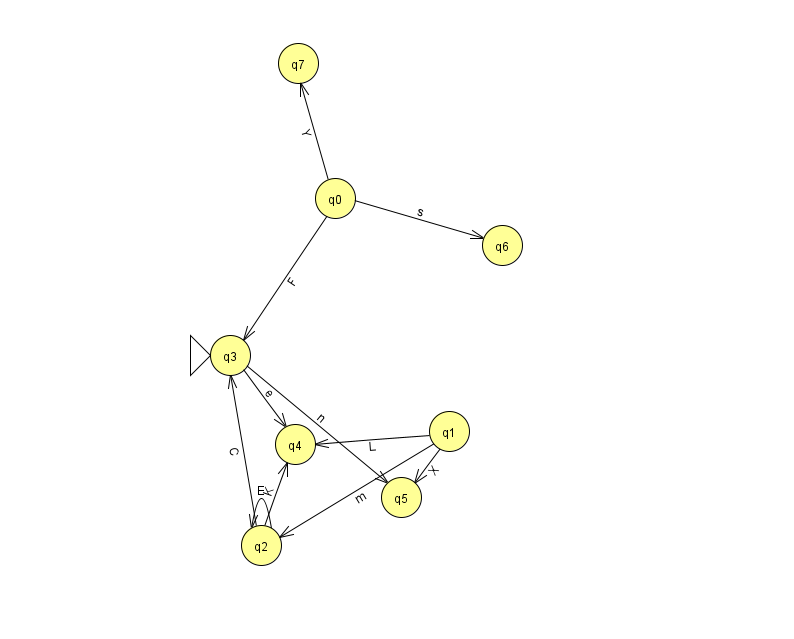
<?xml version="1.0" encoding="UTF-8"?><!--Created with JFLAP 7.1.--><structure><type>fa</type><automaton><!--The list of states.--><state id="0" name="q0"><x>335.0</x><y>185.0</y></state><state id="1" name="q1"><x>449.0</x><y>418.0</y></state><state id="2" name="q2"><x>261.0</x><y>532.0</y></state><state id="3" name="q3"><x>230.0</x><y>342.0</y><initial/></state><state id="4" name="q4"><x>295.0</x><y>431.0</y></state><state id="5" name="q5"><x>401.0</x><y>484.0</y></state><state id="6" name="q6"><x>502.0</x><y>232.0</y></state><state id="7" name="q7"><x>298.0</x><y>50.0</y></state><!--The list of transitions.--><transition><from>1</from><to>2</to><read>m</read></transition><transition><from>2</from><to>4</to><read>K</read></transition><transition><from>2</from><to>3</to><read>C</read></transition><transition><from>2</from><to>2</to><read>E</read></transition><transition><from>3</from><to>5</to><read>n</read></transition><transition><from>0</from><to>3</to><read>F</read></transition><transition><from>1</from><to>4</to><read>L</read></transition><transition><from>0</from><to>6</to><read>s</read></transition><transition><from>1</from><to>5</to><read>X</read></transition><transition><from>0</from><to>7</to><read>Y</read></transition><transition><from>3</from><to>4</to><read>e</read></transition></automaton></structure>